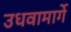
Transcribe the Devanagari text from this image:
उधवामार्गे